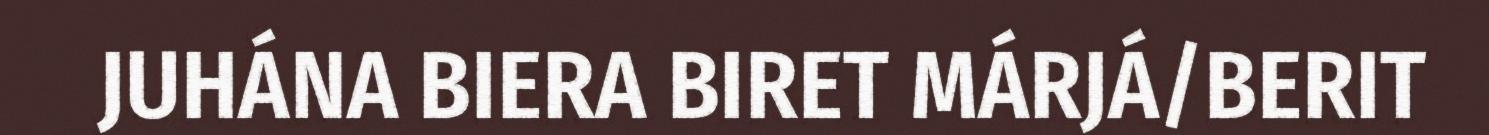
JUHÁNA BIERA BIRET MÁRJÁ/BERIT